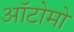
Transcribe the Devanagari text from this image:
ऑटोमो